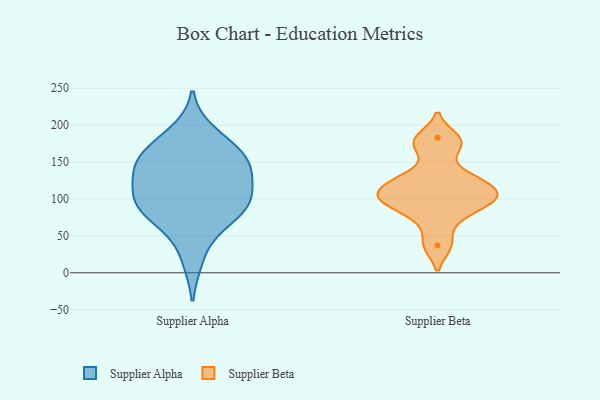
{"axis": {"x": "Satisfaction Score", "y": "Value"}, "legend": ["Supplier Alpha", "Supplier Beta"], "data": [{"x": "", "y": 103, "type": "Supplier Alpha"}, {"x": "", "y": 96, "type": "Supplier Alpha"}, {"x": "", "y": 152, "type": "Supplier Alpha"}, {"x": "", "y": 138, "type": "Supplier Alpha"}, {"x": "", "y": 88, "type": "Supplier Alpha"}, {"x": "", "y": 153, "type": "Supplier Alpha"}, {"x": "", "y": 190, "type": "Supplier Alpha"}, {"x": "", "y": 108, "type": "Supplier Alpha"}, {"x": "", "y": 159, "type": "Supplier Alpha"}, {"x": "", "y": 64, "type": "Supplier Alpha"}, {"x": "", "y": 73, "type": "Supplier Alpha"}, {"x": "", "y": 18, "type": "Supplier Alpha"}, {"x": "", "y": 90, "type": "Supplier Alpha"}, {"x": "", "y": 176, "type": "Supplier Alpha"}, {"x": "", "y": 124, "type": "Supplier Alpha"}, {"x": "", "y": 144, "type": "Supplier Alpha"}, {"x": "", "y": 73, "type": "Supplier Beta"}, {"x": "", "y": 130, "type": "Supplier Beta"}, {"x": "", "y": 112, "type": "Supplier Beta"}, {"x": "", "y": 170, "type": "Supplier Beta"}, {"x": "", "y": 124, "type": "Supplier Beta"}, {"x": "", "y": 96, "type": "Supplier Beta"}, {"x": "", "y": 183, "type": "Supplier Beta"}, {"x": "", "y": 98, "type": "Supplier Beta"}, {"x": "", "y": 102, "type": "Supplier Beta"}, {"x": "", "y": 37, "type": "Supplier Beta"}]}